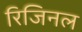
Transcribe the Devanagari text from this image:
रिजिनल